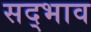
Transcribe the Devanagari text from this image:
सद्‍भाव